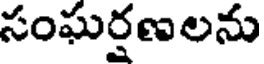
సంఘర్షణలను